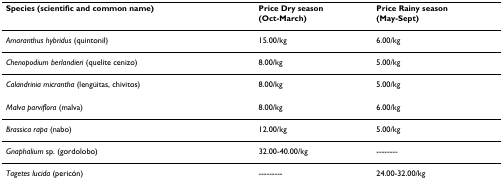
<table><thead><tr><td><b>Species (scientific and common name)</b></td><td><b>Price Dry season(Oct-March)</b></td><td><b>Price Rainy season(May-Sept)</b></td></tr></thead><tbody><tr><td><i>Amaranthus hybridus </i>(quintonil)</td><td>15.00/kg</td><td>6.00/kg</td></tr><tr><td><i>Chenopodium berlandieri </i>(quelite cenizo)</td><td>8.00/kg</td><td>5.00/kg</td></tr><tr><td><i>Calandrinia micrantha </i>(lengüitas, chivitos)</td><td>8.00/kg</td><td>5.00/kg</td></tr><tr><td><i>Malva parviflora </i>(malva)</td><td>8.00/kg</td><td>6.00/kg</td></tr><tr><td><i>Brassica rapa </i>(nabo)</td><td>12.00/kg</td><td>5.00/kg</td></tr><tr><td><i>Gnaphalium </i>sp. (gordolobo)</td><td>32.00-40.00/kg</td><td>--------</td></tr><tr><td><i>Tagetes lucida </i>(pericón)</td><td>---------</td><td>24.00-32.00/kg</td></tr></tbody></table>